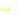
ليلية